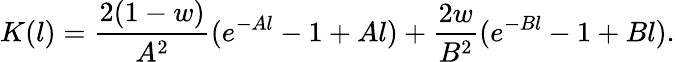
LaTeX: K(l)={\frac{2(1-w)}{A^{2}}}(e^{-Al}-1+Al)+{\frac{2w}{B^{2}}}(e^{-Bl}-1+Bl).